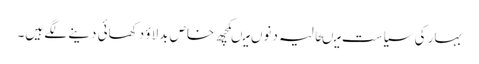
بہار کی سیاست میںحالیہ دنوں میںکچھ خاص بدلاؤ دکھائی دینے لگے ہیں۔